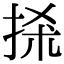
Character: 𢫬